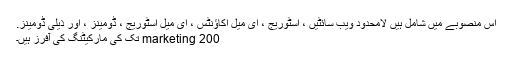
اس منصوبے میں شامل ہیں لامحدود ویب سائٹیں ، اسٹوریج ، ای میل اکاؤنٹس ، ای میل اسٹوریج ، ڈومینز ، اور ذیلی ڈومینز.
marketing 200 تک کی مارکیٹنگ کی آفرز ہیں۔